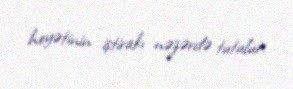
heyətinin iştirakı nəzərdə tutulur.